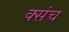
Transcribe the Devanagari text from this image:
क्संच